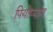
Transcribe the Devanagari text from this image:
पियोप्यांग